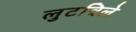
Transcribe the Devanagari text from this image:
लुटविले